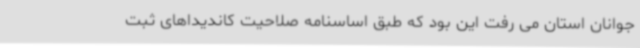
جوانان استان می رفت این بود که طبق اساسنامه صلاحیت کاندیداهای ثبت